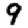
Digit: 9